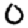
Digit: 0